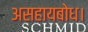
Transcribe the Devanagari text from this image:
असहायबोध।